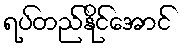
ရပ်တည်နိုင်အောင်